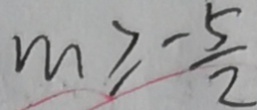
m \geq - \frac { 5 } { 2 }